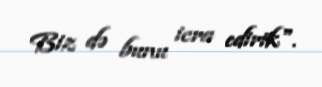
Biz də bunu icra edirik".